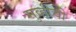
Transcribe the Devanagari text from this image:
मुव्हीची